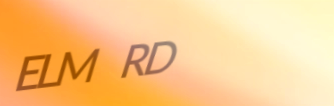
ELM RD